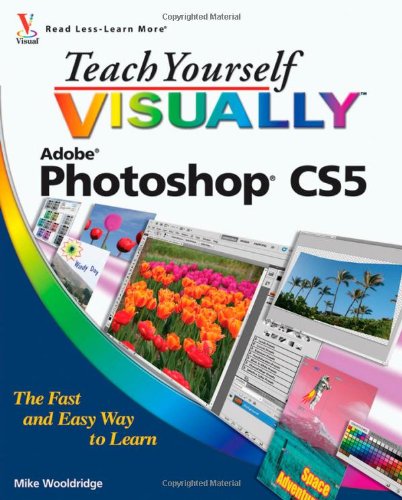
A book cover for Teach Yourself VISUALLY Photoshop CS5; Mike Wooldridge; Computers & Technology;